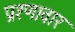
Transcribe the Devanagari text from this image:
प्रश्णावार